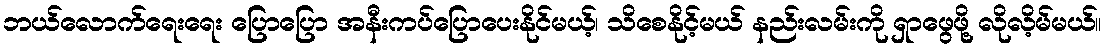
ဘယ်လောက်ရေးရေး ပြောပြော အနီးကပ်ပြောပေးနိုင်မယ့်၊ သိစေနိုင့်မယ် နည်းလမ်းကို ရှာဖွေဖို့ လိုလိ့မ်မယ်။